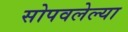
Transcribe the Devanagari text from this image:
सोपवलेल्या